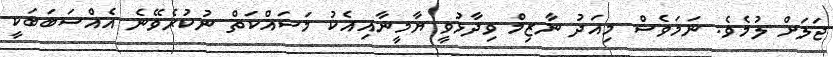
ޖަލަށް ލުމެވެ. ނަމަވެސް މިއަދު ނާޒިމް ވިދާޅުވީ ޔާމީނާއިއެކު މަސައްކަތް ނުކުރެވޭނެ އެއްސަބަބަކީ